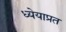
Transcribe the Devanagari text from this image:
ध्येयाप्रत